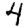
Digit: 4